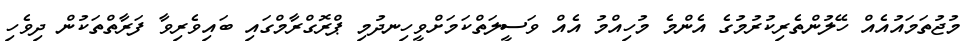
މުޖުތަމައުއެއް ހޭލުންތެރިކުރުމުގެ އެންމެ މުހިއްމު އެއް ވަސީލަތްކަމަށްވީހިނދުމި ޕްރޮގްރާމްގައި ބައިވެރިވާ ފަރާތްތަކުން ދިވެހި